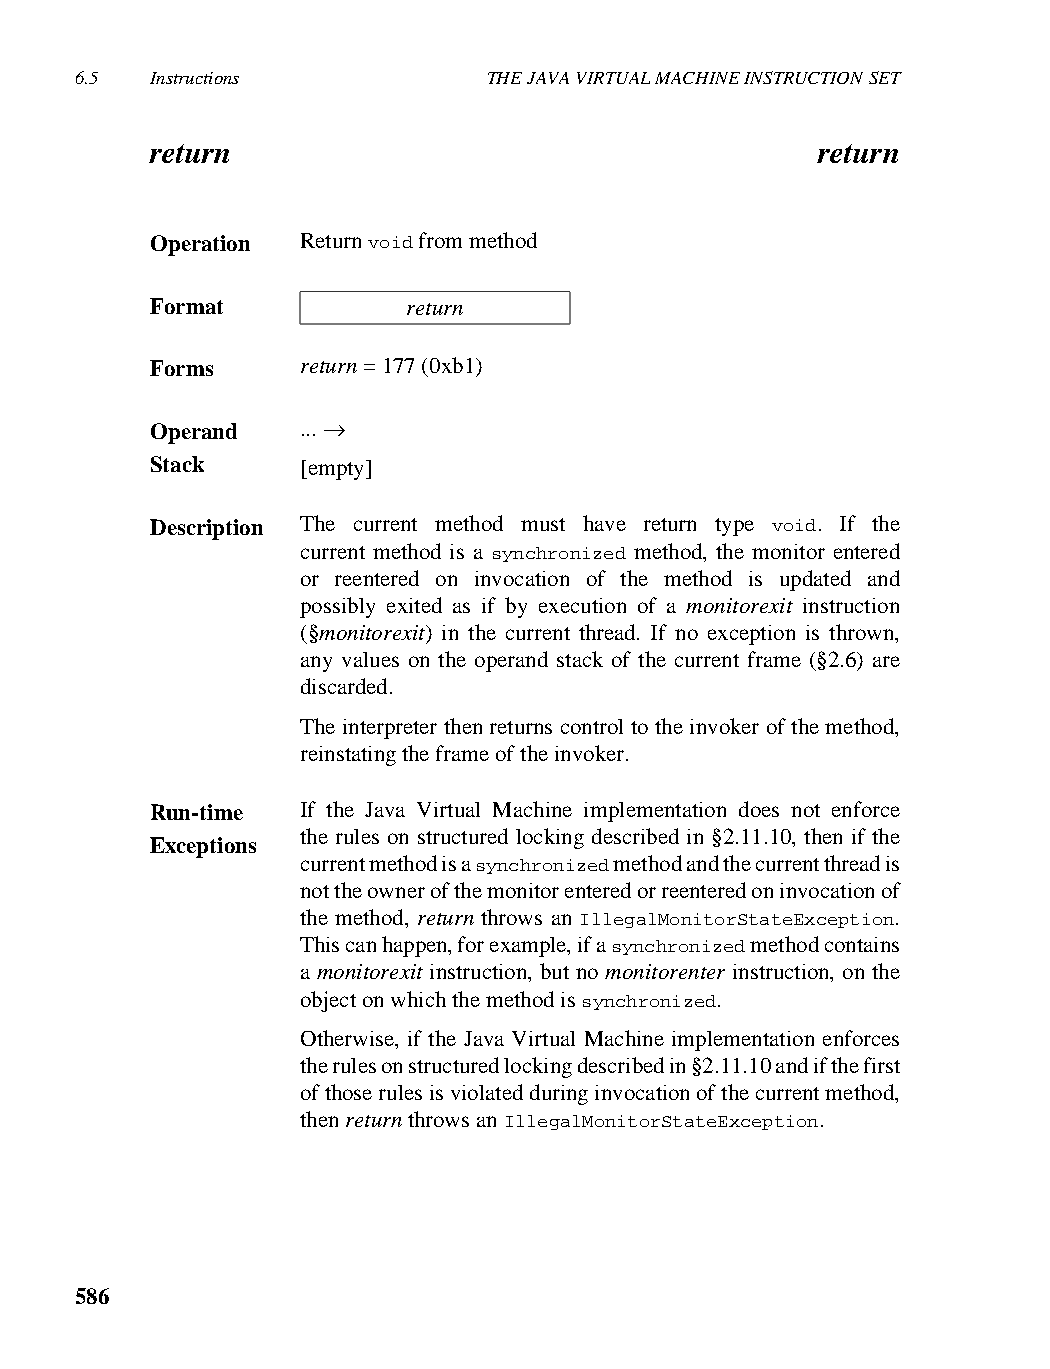
6.5  Instructions          THE JAVA VIRTUAL MACHINE INSTRUCTION SET
 return                                      return
 Operation Return void from method
 Format           return
 Forms     return = 177 (0xb1)
 Operand   ... →
 Stack     [empty]
 Description The current method must have return type void. If the
 current method is a synchronized method, the monitor entered
 or reentered on invocation of the method is updated and
 possibly exited as if by execution of a monitorexit instruction
 (§monitorexit) in the current thread. If no exception is thrown,
 any values on the operand stack of the current frame (§2.6) are
 discarded.
 The interpreter then returns control to the invoker of the method,
 reinstating the frame of the invoker.
 Run-time  If the Java Virtual Machine implementation does not enforce
 the rules on structured locking described in §2.11.10, then if the
 Exceptions
 current method is a synchronized method and the current thread is
 not the owner of the monitor entered or reentered on invocation of
 the method, return throws an IllegalMonitorStateException.
 This can happen, for example, if a synchronized method contains
 a monitorexit instruction, but no monitorenter instruction, on the
 object on which the method is synchronized.
 Otherwise, if the Java Virtual Machine implementation enforces
 the rules on structured locking described in §2.11.10 and if the first
 of those rules is violated during invocation of the current method,
 then return throws an IllegalMonitorStateException.
 586